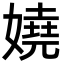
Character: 嬈